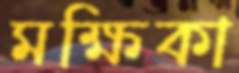
মক্ষিকা